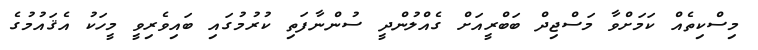
މިސްކިތެއް ކަމަށްވާ މަސްޖިދް ބަބްރީއަށް ގެއްލުންދީ ސުންނާފަތި ކުރުމުގައި ބައިވެރިވީ މީހަކު އެޤައުމުގެ